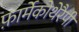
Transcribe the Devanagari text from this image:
फ़ार्मेकोथेरैपी